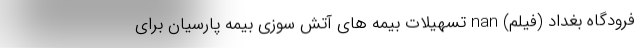
فرودگاه بغداد (فیلم) nan تسهیلات بیمه های آتش سوزی بیمه پارسیان برای